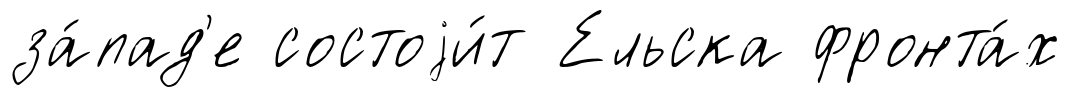
за́пад'е состоjи́т Ельска фронта́х